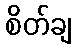
စိတ်ချ